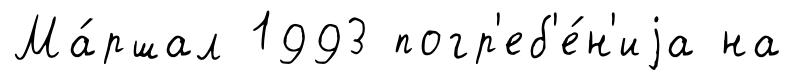
Ма́ршал 1993 погр'еб'е́н'иjа на